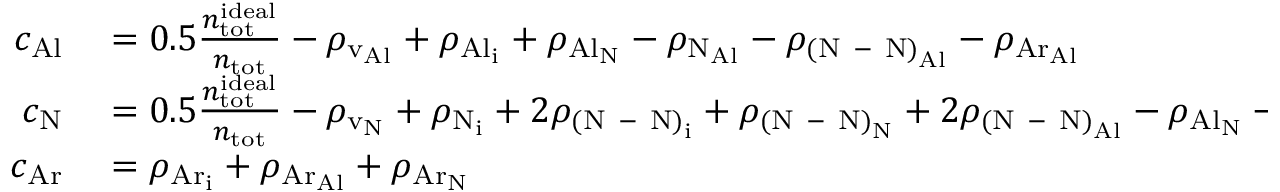
\begin{array} { r l } { c _ { \mathrm { A l } } } & { { } = 0 . 5 \frac { n _ { \mathrm { t o t } } ^ { \mathrm { i d e a l } } } { n _ { \mathrm { t o t } } } - \rho _ { \mathrm { v _ { A l } } } + \rho _ { \mathrm { { A l } _ { i } } } + \rho _ { \mathrm { { A l } _ { N } } } - \rho _ { \mathrm { { N } _ { A l } } } - \rho _ { \mathrm { { ( N \mathrm { ~ - ~ } N ) } _ { A l } } } - \rho _ { \mathrm { { A r } _ { A l } } } } \\ { c _ { \mathrm { N } } } & { { } = 0 . 5 \frac { n _ { \mathrm { t o t } } ^ { \mathrm { i d e a l } } } { n _ { \mathrm { t o t } } } - \rho _ { \mathrm { v _ { N } } } + \rho _ { \mathrm { N _ { i } } } + 2 \rho _ { \mathrm { { ( N \mathrm { ~ - ~ } N ) } _ { i } } } + \rho _ { \mathrm { { ( N \mathrm { ~ - ~ } N ) } _ { N } } } + 2 \rho _ { \mathrm { { ( N \mathrm { ~ - ~ } N ) } _ { A l } } } - \rho _ { \mathrm { { A l } _ { N } } } - \rho _ { \mathrm { { A r } _ { N } } } } \\ { c _ { \mathrm { A r } } } & { { } = \rho _ { \mathrm { { A r } _ { i } } } + \rho _ { \mathrm { { A r } _ { A l } } } + \rho _ { \mathrm { { A r } _ { N } } } } \end{array}